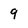
Character: 9